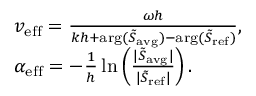
\begin{array} { r l } & { v _ { \mathrm { e f f } } = \frac { \omega h } { k h + \mathrm { a r g } ( \tilde { S } _ { \mathrm { a v g } } ) - \mathrm { a r g } ( \tilde { S } _ { \mathrm { r e f } } ) } , } \\ & { \alpha _ { \mathrm { e f f } } = - \frac { 1 } { h } \ln \left( \frac { | \tilde { S } _ { \mathrm { a v g } } | } { | \tilde { S } _ { \mathrm { r e f } } | } \right) . } \end{array}